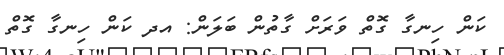
ކަން ހިނގާ ގޮތް ވަރަށް ގާތުން ބަލަން: އދ ކަން ހިނގާ ގޮތް